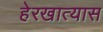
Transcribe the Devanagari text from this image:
हेरखात्यास